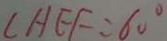
\angle H E F = 6 0 ^ { \circ }